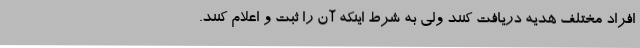
افراد مختلف هدیه دریافت کنند ولی به شرط اینکه آن را ثبت و اعلام کنند.